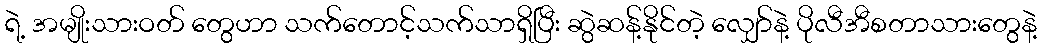
ရဲ့ အမျိုးသားဝတ် တွေဟာ သက်တောင့်သက်သာရှိပြီး ဆွဲဆန့်နိုင်တဲ့ လျှော်နဲ့ ပိုလီအီစတာသားတွေနဲ့